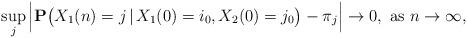
LaTeX: \begin{align*}\sup_j \Big{|}{\mathbf P}\big{(}X_1(n)=j \,|\, X_1(0)=i_0,X_2(0)=j_0\big{)} - \pi_j \Big{|} \to 0, \mbox{ as } n \to \infty,\end{align*}